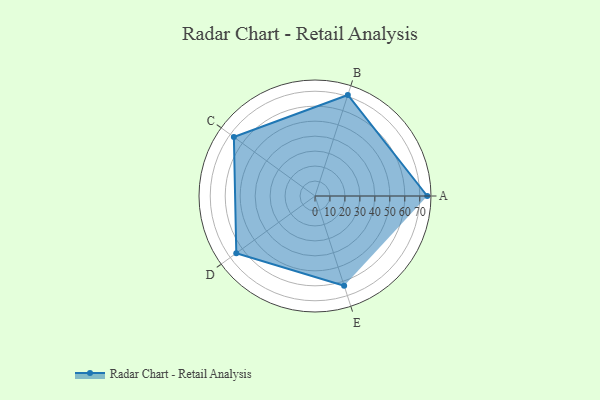
{"axis": {"x": "Skill", "y": "Score"}, "legend": ["Profile"], "data": [{"x": "A", "y": 75.0, "type": "Profile"}, {"x": "B", "y": 71.0, "type": "Profile"}, {"x": "C", "y": 67.0, "type": "Profile"}, {"x": "D", "y": 65.0, "type": "Profile"}, {"x": "E", "y": 63.0, "type": "Profile"}]}